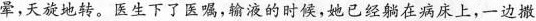
晕，天旋地转。医生下了医嘱，输液的时候，她已经躺在病床上，一边撒